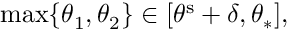
\operatorname* { m a x } \{ \theta _ { 1 } , \theta _ { 2 } \} \in [ \theta ^ { \mathrm { s } } + \delta , \theta _ { \ast } ] ,